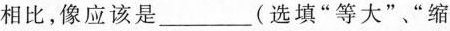
相比，像应该是___(选填”等大”、”缩